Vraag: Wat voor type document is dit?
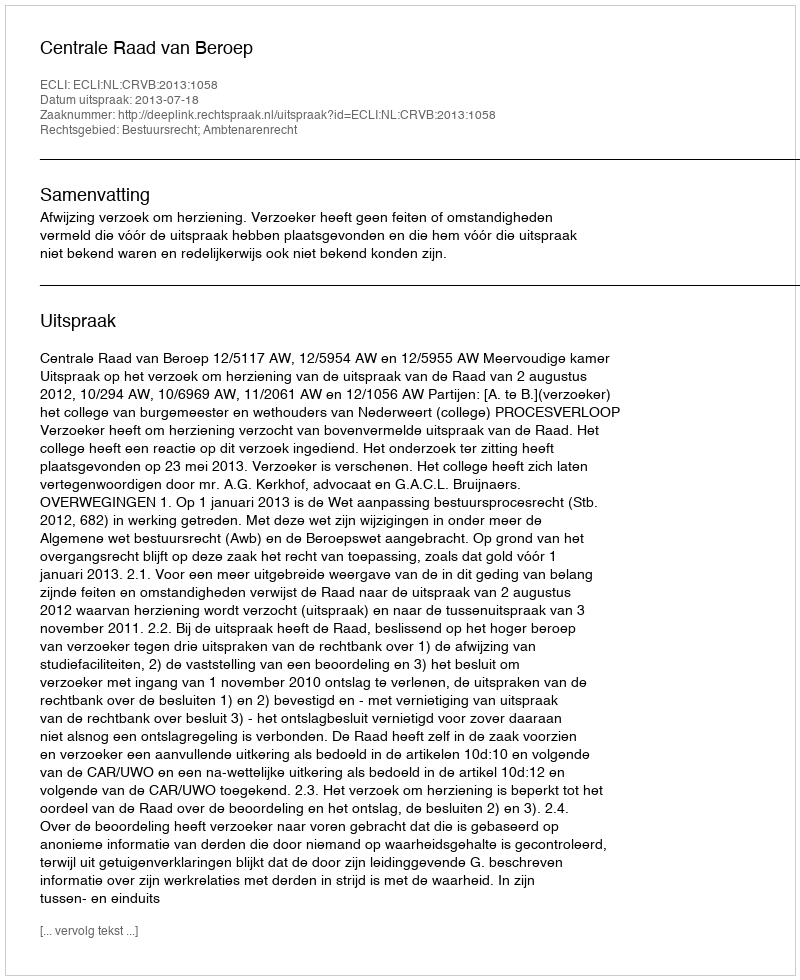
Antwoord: Uitspraak